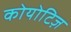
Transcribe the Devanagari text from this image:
कोयोटिज़